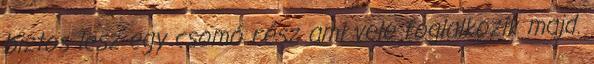
biztos lesz egy csomó rész ami vele foglalkozik majd.